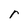
Character: r